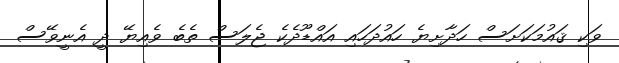
ވަކި ޤައުމަކަށަސް ހަދާށިޔެ ހައުދަހައި އައްޑޫދެކެ ޖެލަސް ތެބެ ވެއިޔޭ ދީ އެނީވޭސް